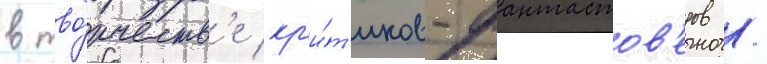
в тво́рчеств'е кр'и́т'иков-фантастов'едов /